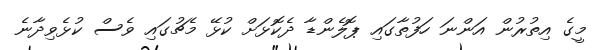
މީގެ އިތުރުން އަންނަ ހަފުތާގައި ޕޮލެންޑާ ދެކޮޅަށް ކުޅޭ މެޗުގައި ވެސް ކުޅެވިދާނެ